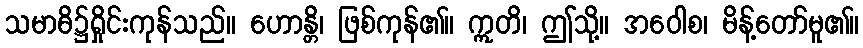
သမာဓိ၌ရှိုင်းကုန်သည်။ ဟောန္တိ၊ ဖြစ်ကုန်၏။ ဣတိ၊ ဤသို့။ အဝေါစ၊ မိန့်တော်မူ၏။